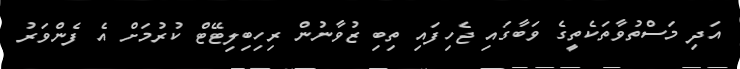
އަދި މަސްތުވާތަކެތީގެ ވަބާގައި ޖެހިފައި ތިބި ޒުވާނުން ރިހިބިލިޓޭޓް ކުރުމަށް އެ ފެންވަރު